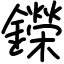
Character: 鑅